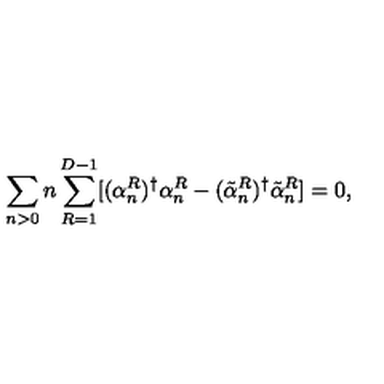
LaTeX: \sum _ { n > 0 } n \sum _ { R = 1 } ^ { D - 1 } [ ( \alpha _ { n } ^ { R } ) ^ { \dag } \alpha _ { n } ^ { R } - ( \tilde { \alpha } _ { n } ^ { R } ) ^ { \dag } \tilde { \alpha } _ { n } ^ { R } ] = 0 ,